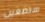
ستضعين